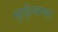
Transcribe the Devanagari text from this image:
म्य़ुझियमच्या